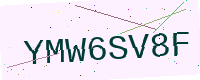
Text: YMW6SV8F